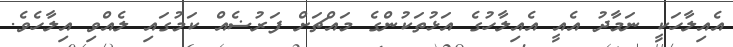
އެއިލާހަކީ ނަމާދު އެއީ އެއިލާހުގެ އަޅުތަކުންގެ މައްޗަށް ފަރުޟެއް ކަމުގައި ލެއްވި އިލާހެވެ.